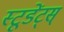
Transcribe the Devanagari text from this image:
स्टूडेंट्स्